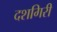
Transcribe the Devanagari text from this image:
दशगिरी